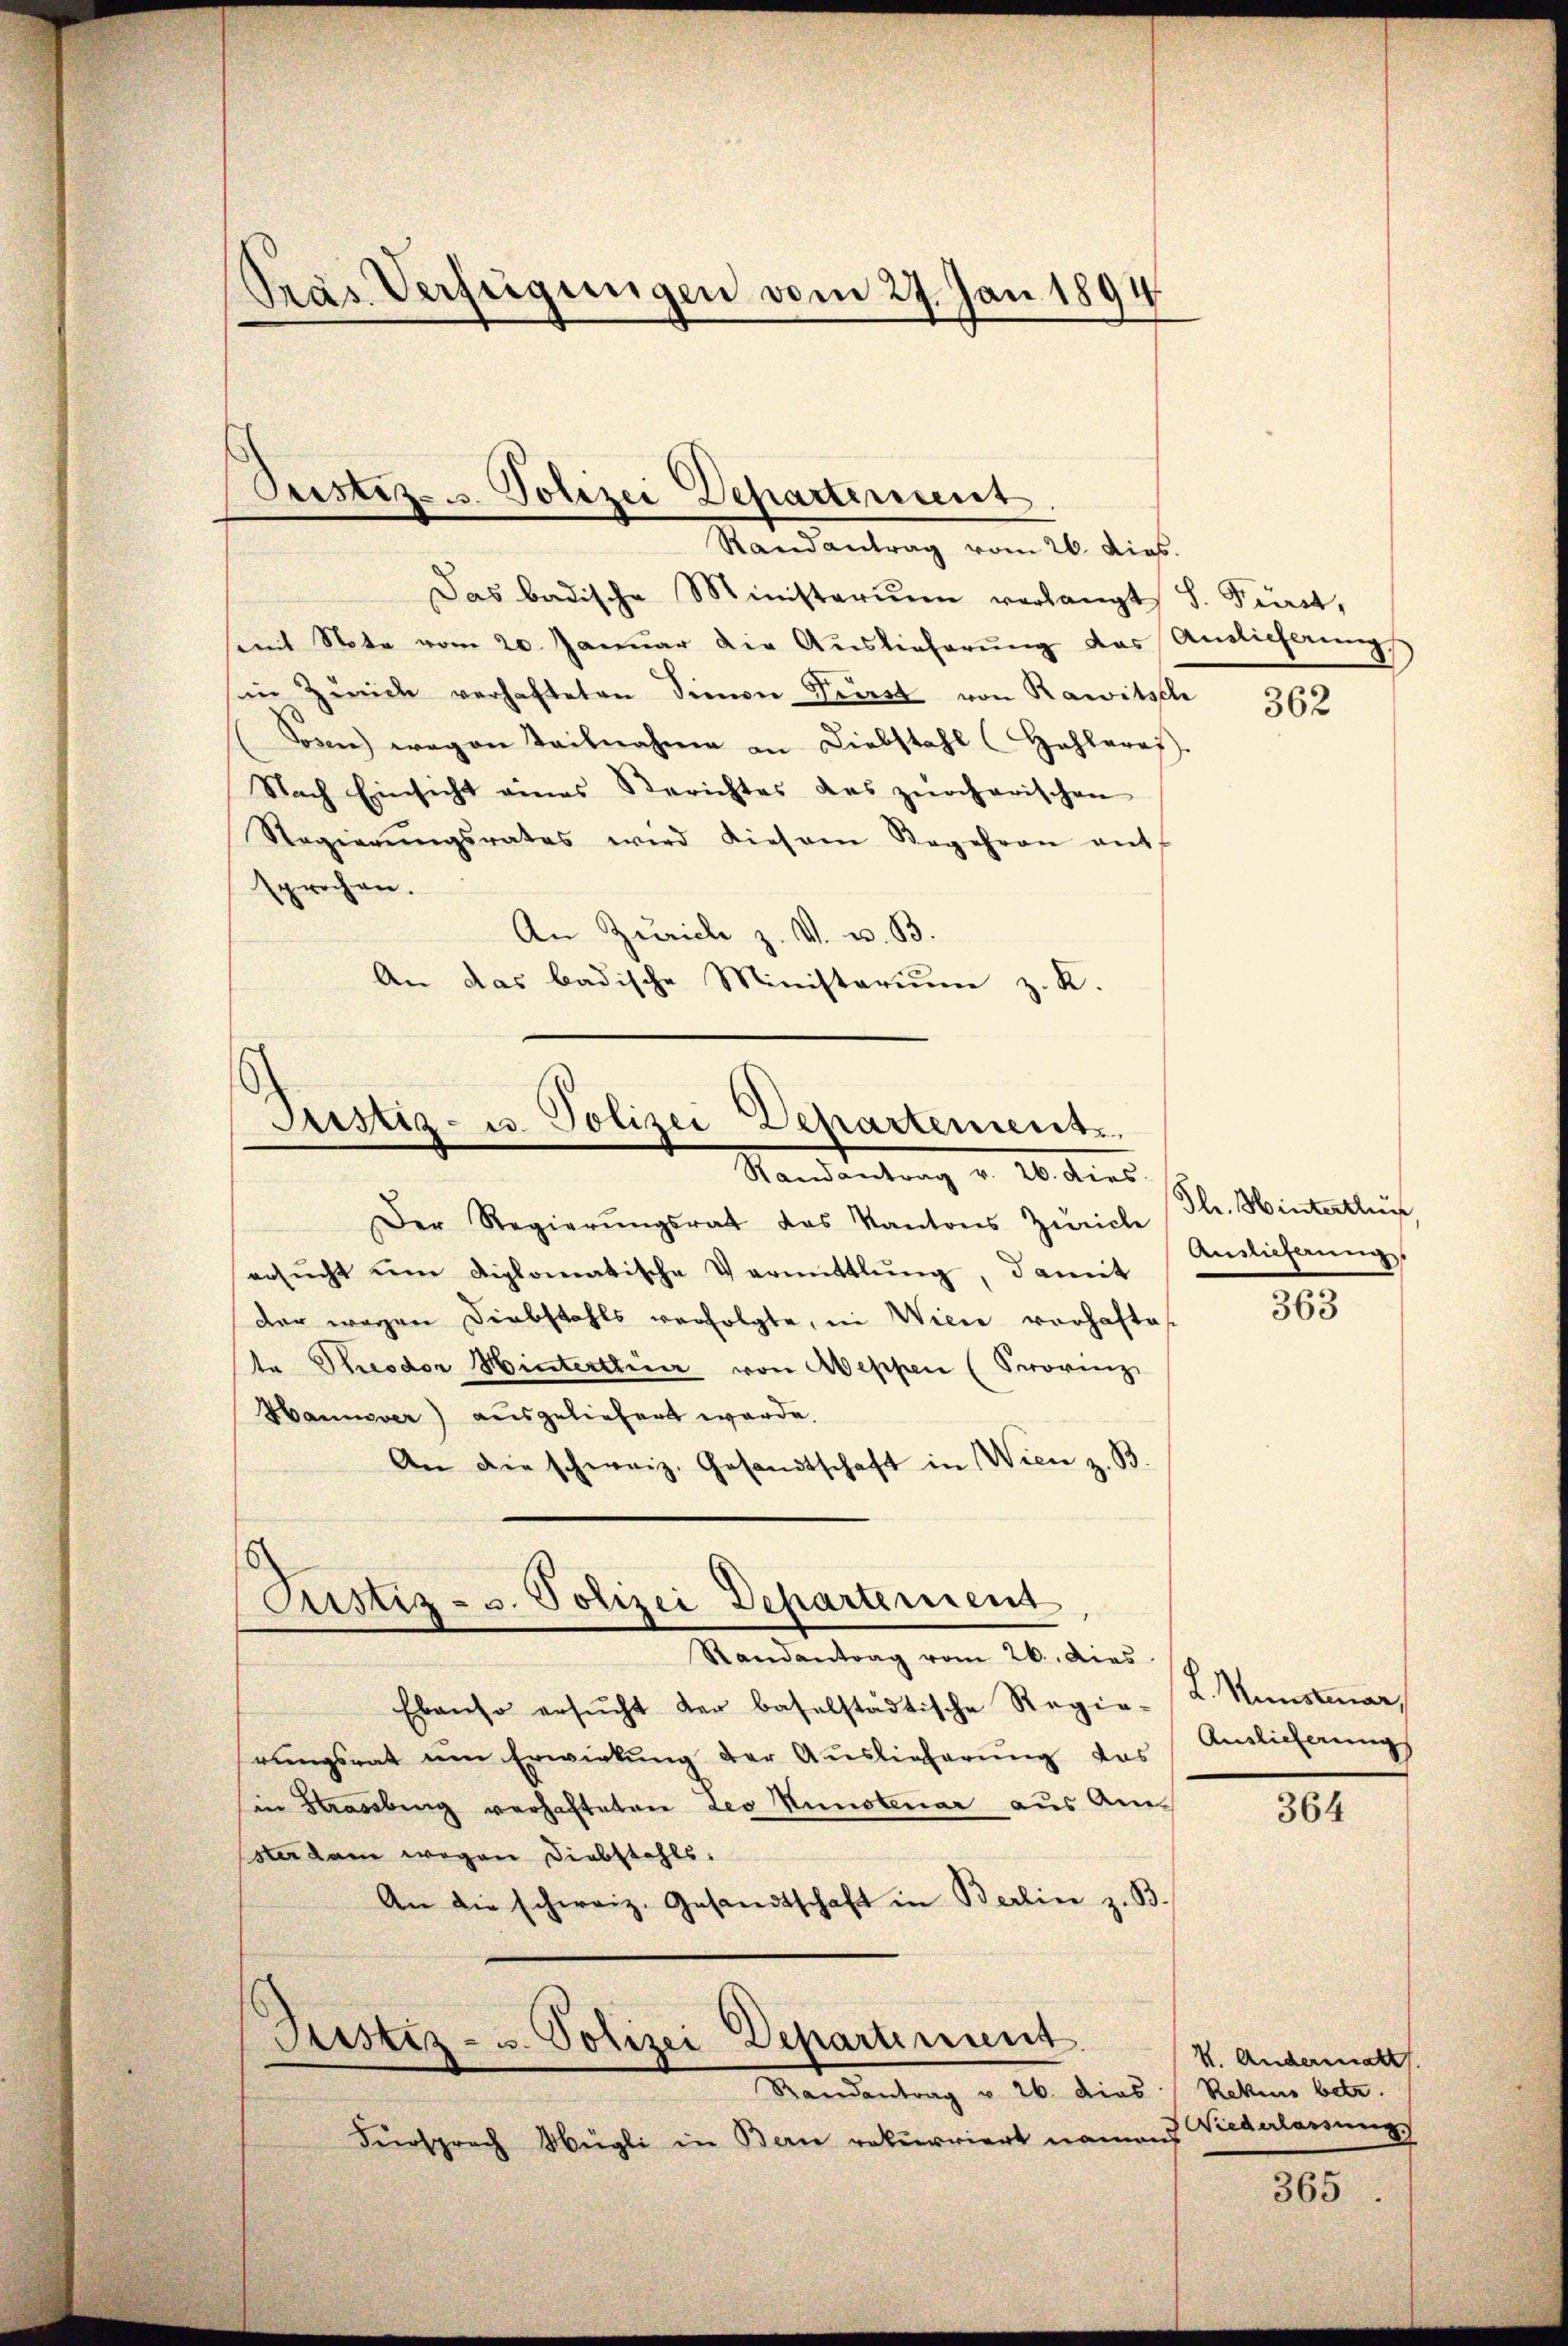
Pras Verfügungen vom 27. Jan 1894.

Randantrag vom 26. dies.
Das badische Ministerium verlangt S. Fürst,
mit Note vom 20. Januar die Auslieferung das Auslieferung
im Zürich verhafteten Simon Prerst von Rawitsch
(Sonne wegen Teilnahme an Liebstahl (Hohleray.
Nach Einsicht eines Berichtes des zürcherischen
Regierŭngsrates wird diesem Begehren ent
sprochen.
An Zürich z. V. u. B.
An das badische Ministerium z. K.

Justiz- u. Polizei Departement

Justiz- u. Polizei Departement.
Randantrag v. 26. dies

Justiz- u. Polizei Departement
Randantrag vom 26. dies

Justiz- u. Polizei Departement

Der Regierŭngsrat das Kantons Zürich
ersŭcht um diplomatische Vermittlŭng, damit
der wegen Diebstahls verfolgte, in Wien vorhaftes
te Theodor Hinterthein von Aeppen (Provinz
Hannover) ausgeliefert werde.
An die schweiz. Gesandtschaft in Wien z. B.
Ebenso ersŭcht der baselstädtische Regie-K. Nunstmar,
rungsrat um Erwirkung der Auslieferung das
in Brassburg verhafteten Leo Kunsteuer aus Am¬
Ester kam wegen Diebstahls.
An die schweiz. Gesandtschaft in Berlin z. B.

Mandantung u. 16. dies
Fürsprach Mügli in Bern rekurriert namens

362

Plr. Hinterthur,
Auslieferung

363

Auslicherung

364

365

V. Andermatt
Rekene betr.
Wiederlassung.